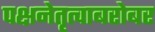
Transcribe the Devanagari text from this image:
पक्षनेतृत्वाबरोबर